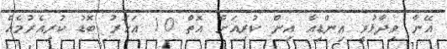
އޭނާ ވިދާޅުވީ އިންޑިއާ އިން ކުރިއަށް އޮތް 10 އަހަރު ބޮޑު ކުރިއެރުމެއް